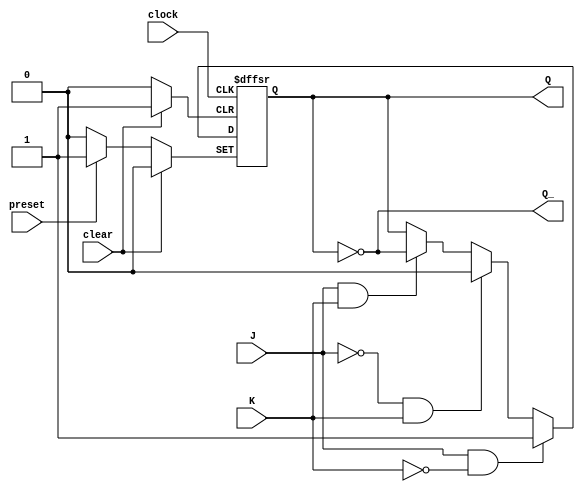
module jk_flipflop (
    input J, K, clock, preset, clear,
    output reg Q, Q_
);

always @(posedge clock or posedge preset or posedge clear) begin
    if (preset) begin
        Q <= 1'b1;
    end else if (clear) begin
        Q <= 1'b0;
    end else begin
        if (J && !K) begin
            Q <= 1'b1;
        end else if (!J && K) begin
            Q <= 1'b0;
        end else if (J && K) begin
            Q <= ~Q;
        end
    end
end

assign Q_ = ~Q;

endmodule